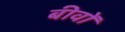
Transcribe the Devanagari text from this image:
बीवों